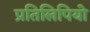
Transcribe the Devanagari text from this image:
प्रतिलिपियो